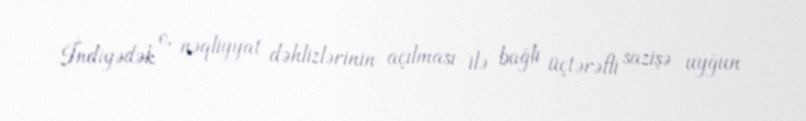
İndiyədək o, nəqliyyat dəhlizlərinin açılması ilə bağlı üçtərəfli sazişə uyğun